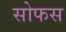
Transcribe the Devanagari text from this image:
सोफस